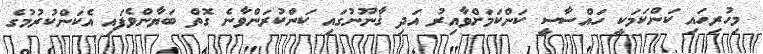
މިހުރިހައި ކަންކަމަކީ ހައްސާސީ ކަންކަމަށްވާއިރު އަދި ޤާނޫނުގައި ކަންކުރަންވާނެ ގޮތް ބަޔާންވެފައި އެކަންކުރުމުގެ